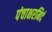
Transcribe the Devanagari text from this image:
पंचाक्षरमिदं